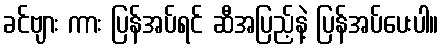
ခင်ဗျား ကား ပြန်အပ်ရင် ဆီအပြည့်နဲ့ ပြန်အပ်ပေးပါ။